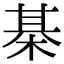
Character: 棊